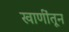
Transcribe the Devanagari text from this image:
खाणींतून